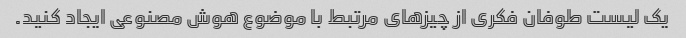
یک لیست طوفان فکری از چیزهای مرتبط با موضوع هوش مصنوعی ایجاد کنید.